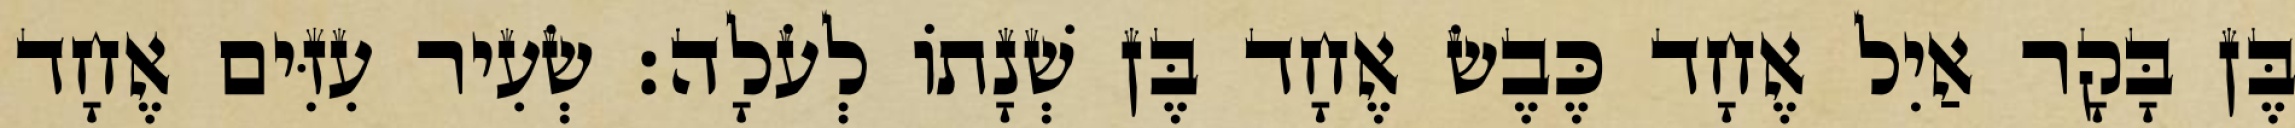
בֶּן בָּקָר אַיִל אֶחָד כֶּבֶשׂ אֶחָד בֶּן שְׁנָתוֹ לְעֹלָה׃ שְׂעִיר עִזִּים אֶחָד